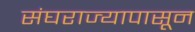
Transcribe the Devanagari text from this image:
संघराज्यापासून